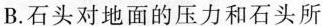
B.石头对地面的压力和石头所